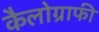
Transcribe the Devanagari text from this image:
कैलोग्राफी